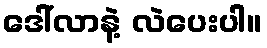
ဒေါ်လာနဲ့ လဲပေးပါ။